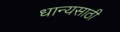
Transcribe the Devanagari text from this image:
धान्यसाठी